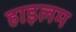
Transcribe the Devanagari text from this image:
हाइलम